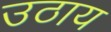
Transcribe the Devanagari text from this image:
उठाय